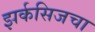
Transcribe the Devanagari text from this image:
झर्कसिजचा